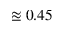
\approxeq 0 . 4 5